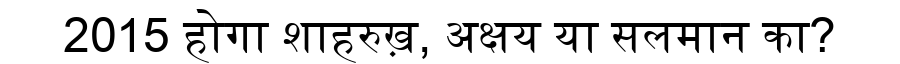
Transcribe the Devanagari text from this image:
2015 होगा शाहरुख़, अक्षय या सलमान का?